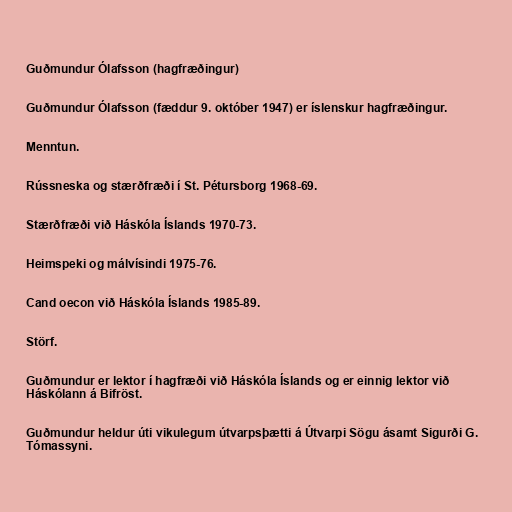
Guðmundur Ólafsson (hagfræðingur)

Guðmundur Ólafsson (fæddur 9. október 1947) er íslenskur hagfræðingur.

Menntun.

Rússneska og stærðfræði í St. Pétursborg 1968-69.

Stærðfræði við Háskóla Íslands 1970-73.

Heimspeki og málvísindi 1975-76.

Cand oecon við Háskóla Íslands 1985-89.

Störf.

Guðmundur er lektor í hagfræði við Háskóla Íslands og er einnig lektor við
Háskólann á Bifröst.

Guðmundur heldur úti vikulegum útvarpsþætti á Útvarpi Sögu ásamt Sigurði G.
Tómassyni.